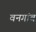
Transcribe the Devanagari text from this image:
वनगांव